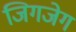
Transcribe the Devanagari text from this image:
जिगजेग